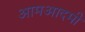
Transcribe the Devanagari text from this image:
आमआदमी